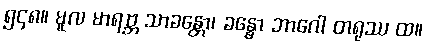
၅၄၈။ မူလ မာရဗ္ဘ သာခန္တော၊ ခန္ဓော ဘာဂေါ တရုဿ ထ။